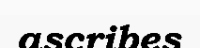
ascribes